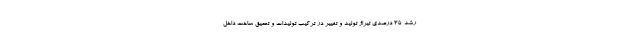
رشد ۳۵ درصدی تیراژ تولید و تغییر در ترکیب تولیدات و تعمیق ساخت داخل